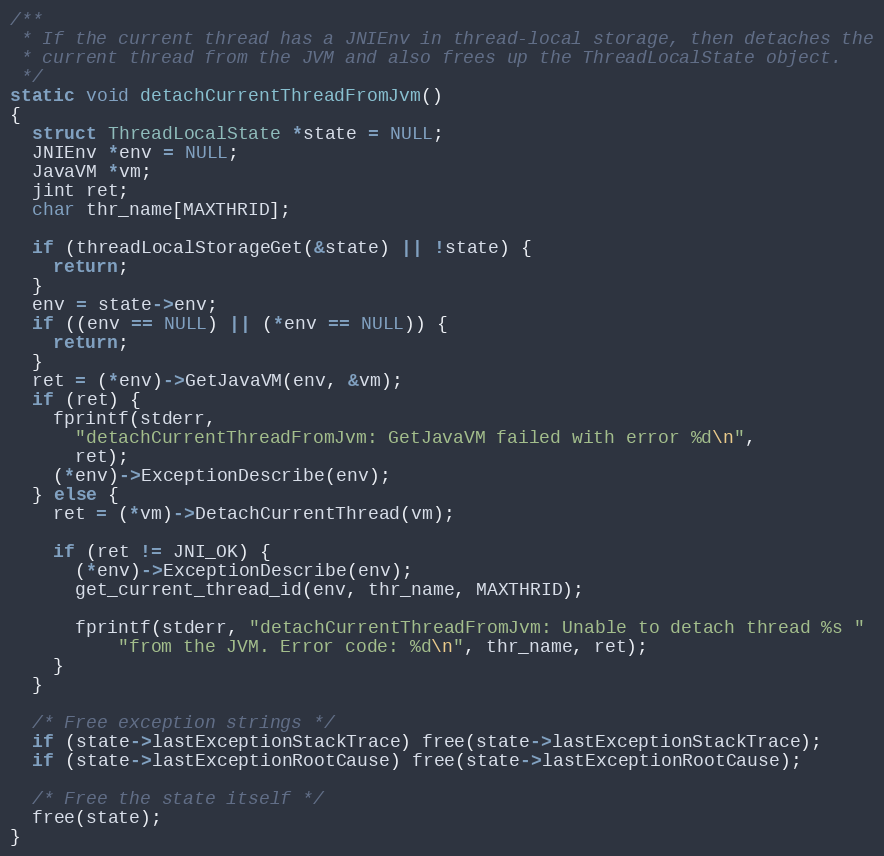
Language: C
/**
 * If the current thread has a JNIEnv in thread-local storage, then detaches the
 * current thread from the JVM and also frees up the ThreadLocalState object.
 */
static void detachCurrentThreadFromJvm()
{
  struct ThreadLocalState *state = NULL;
  JNIEnv *env = NULL;
  JavaVM *vm;
  jint ret;
  char thr_name[MAXTHRID];

  if (threadLocalStorageGet(&state) || !state) {
    return;
  }
  env = state->env;
  if ((env == NULL) || (*env == NULL)) {
    return;
  }
  ret = (*env)->GetJavaVM(env, &vm);
  if (ret) {
    fprintf(stderr,
      "detachCurrentThreadFromJvm: GetJavaVM failed with error %d\n",
      ret);
    (*env)->ExceptionDescribe(env);
  } else {
    ret = (*vm)->DetachCurrentThread(vm);

    if (ret != JNI_OK) {
      (*env)->ExceptionDescribe(env);
      get_current_thread_id(env, thr_name, MAXTHRID);

      fprintf(stderr, "detachCurrentThreadFromJvm: Unable to detach thread %s "
          "from the JVM. Error code: %d\n", thr_name, ret);
    }
  }

  /* Free exception strings */
  if (state->lastExceptionStackTrace) free(state->lastExceptionStackTrace);
  if (state->lastExceptionRootCause) free(state->lastExceptionRootCause);

  /* Free the state itself */
  free(state);
}